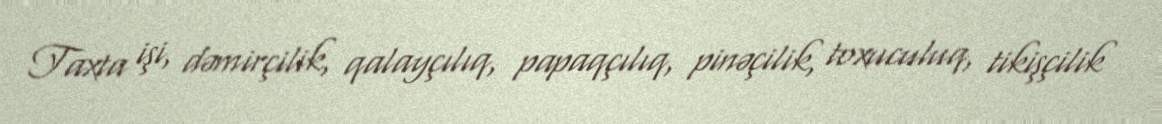
Taxta işi, dəmirçilik, qalayçılıq, papaqçılıq, pinəçilik, toxuculuq, tikişçilik